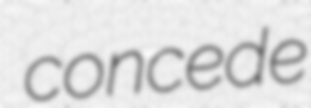
concede